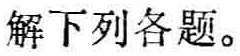
解下列各题。